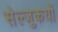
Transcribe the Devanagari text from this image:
सेल्जुकयों